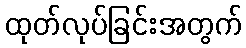
ထုတ်လုပ်ခြင်းအတွက်